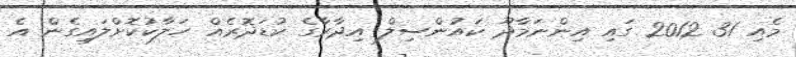
މެއި 31 2012 ގައި އިންނަމާދޫ ކައުންސިލް އިދާރާގެ ކުޑަދޮރެއް ހަލާކުކޮށްލައިގެން އެ